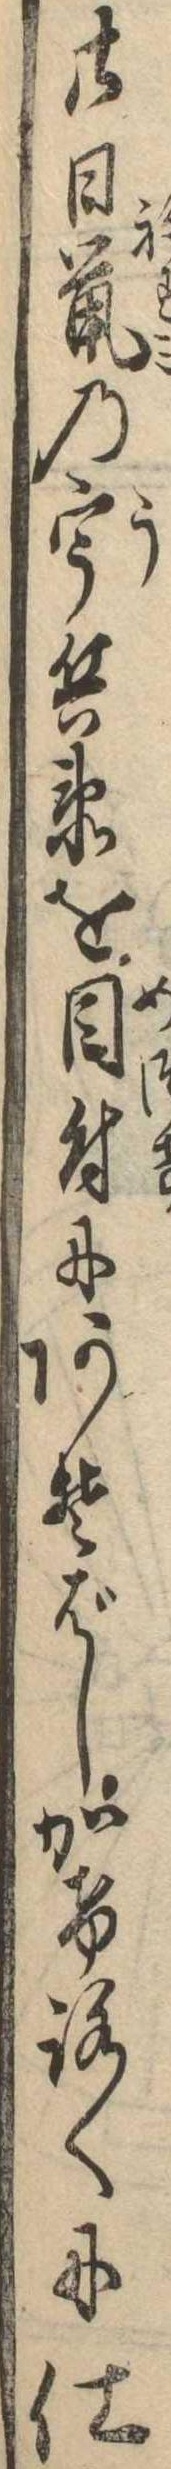
廿日鼠の宇兵衛を目付にあそばしかけろくに仕